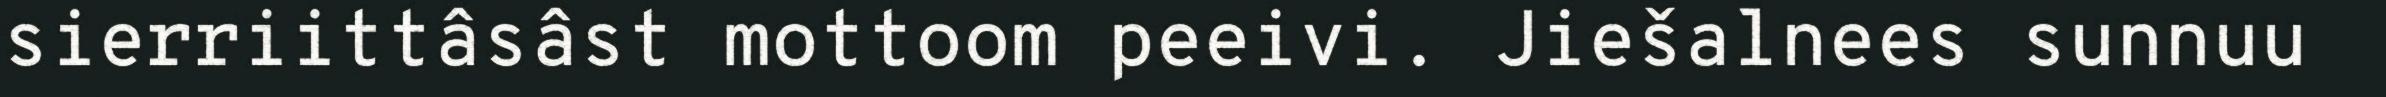
sierriittâsâst mottoom peeivi. Jiešalnees sunnuu